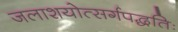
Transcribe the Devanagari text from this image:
जलाशयोत्सर्गपद्धतिः